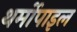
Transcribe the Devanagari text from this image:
थर्मोपाइल